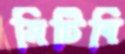
মিটিবি